Anatomy and histology of ticks - Number 23
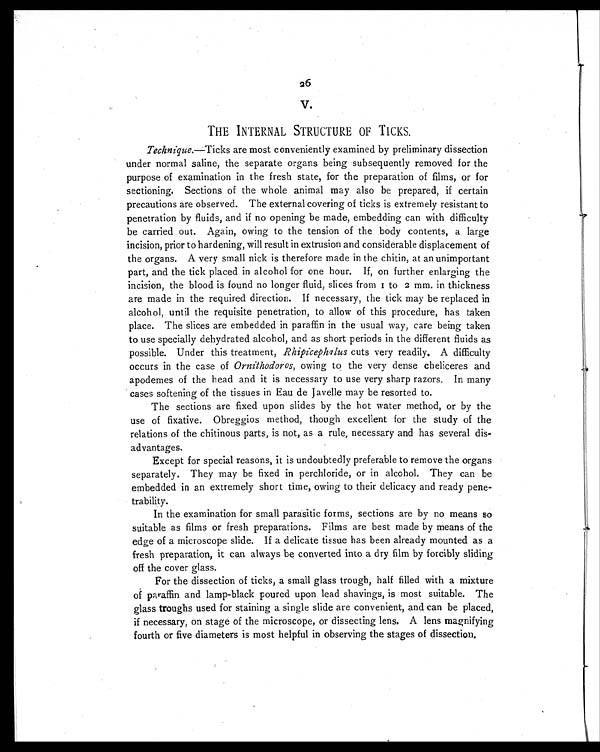
26
V.
THE INTERNAL STRUCTURE OF TICKS.
Technique. —Ticks are most conveniently examined by preliminary dissection
under normal saline, the separate organs being subsequently removed for the
purpose of examination in the fresh state, for the preparation of films, or for
sectioning. Sections of the whole animal may also be prepared, if certain
precautions are observed. The external covering of ticks is extremely resistant to
penetration by fluids, and if no opening be made, embedding can with difficulty
be carried out. Again, owing to the tension of the body contents, a large
incision, prior to hardening, will result in extrusion and considerable displacement of
the organs. A very small nick is therefore made in the chitin, at an unimportant
part, and the tick placed in alcohol for one hour. If, on further enlarging the
incision, the blood is found no longer fluid, slices from 1 to 2 mm. in thickness
are made in the required direction. If necessary, the tick may be replaced in
alcohol, until the requisite penetration, to allow of this procedure, has taken
place. The slices are embedded in paraffin in the usual way, care being taken
to use specially dehydrated alcohol, and as short periods in the different fluids as
possible. Under this treatment, Rhipicephalus cuts very readily. A difficulty
occurs in the case of Ornithodoros, owing to the very dense cheliceres and
apodemes of the head and it is necessary to use very sharp razors. In many
cases softening of the tissues in Eau de Javelle may be resorted to.
The sections are fixed upon slides by the hot water method, or by the
use of fixative. Obreggios method, though excellent for the study of the
relations of the chitinous parts, is not, as a rule, necessary and has several dis-
advantages.
Except for special reasons, it is undoubtedly preferable to remove the organs
separately. They may be fixed in perchloride, or in alcohol. They can be
embedded in an extremely short time, owing to their delicacy and ready pene-
trability.
In the examination for small parasitic forms, sections are by no means so
suitable as films or fresh preparations. Films are best made by means of the
edge of a microscope slide. If a delicate tissue has been already mounted as a
fresh preparation, it can always be converted into a dry film by forcibly sliding
off the cover glass.
For the dissection of ticks, a small glass trough, half filled with a mixture
of paraffin and lamp-black poured upon lead shavings, is most suitable. The
glass troughs used for staining a single slide are convenient, and can be placed,
if necessary, on stage of the microscope, or dissecting lens. A lens magnifying
fourth or five diameters is most helpful in observing the stages of dissection.